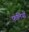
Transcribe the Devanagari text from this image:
फलियों